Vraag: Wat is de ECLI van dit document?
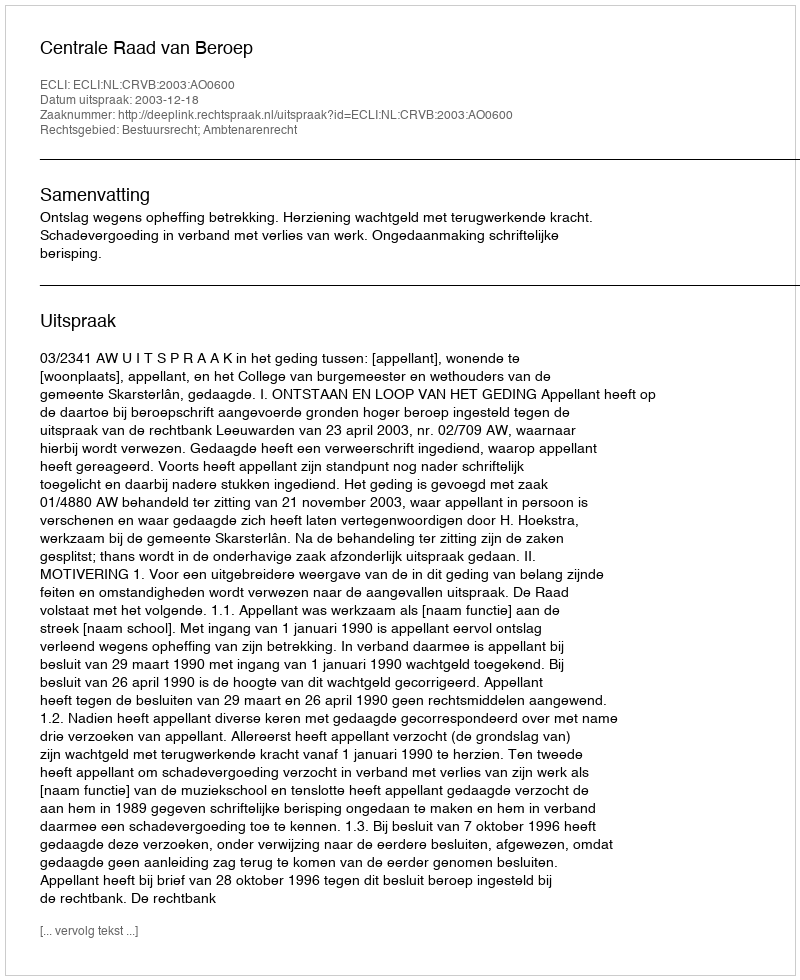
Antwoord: ECLI:NL:CRVB:2003:AO0600